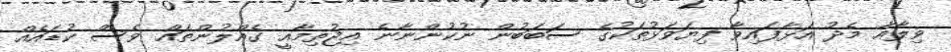
ވިލާއާ މެދު އަޅާފައިވާ ފިޔަވަޅުތަކުގެ ސަބަބުން ނުކުންނާނެ އިޖުތިމާއީ ގެއްލުންތައް ވެސް ކުޑައެއް